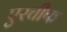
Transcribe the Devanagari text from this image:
एरचीफ